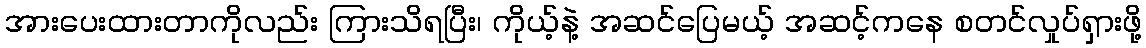
အားပေးထားတာကိုလည်း ကြားသိရပြီး၊ ကိုယ့်နဲ့ အဆင်ပြေမယ့် အဆင့်ကနေ စတင်လှုပ်ရှားဖို့